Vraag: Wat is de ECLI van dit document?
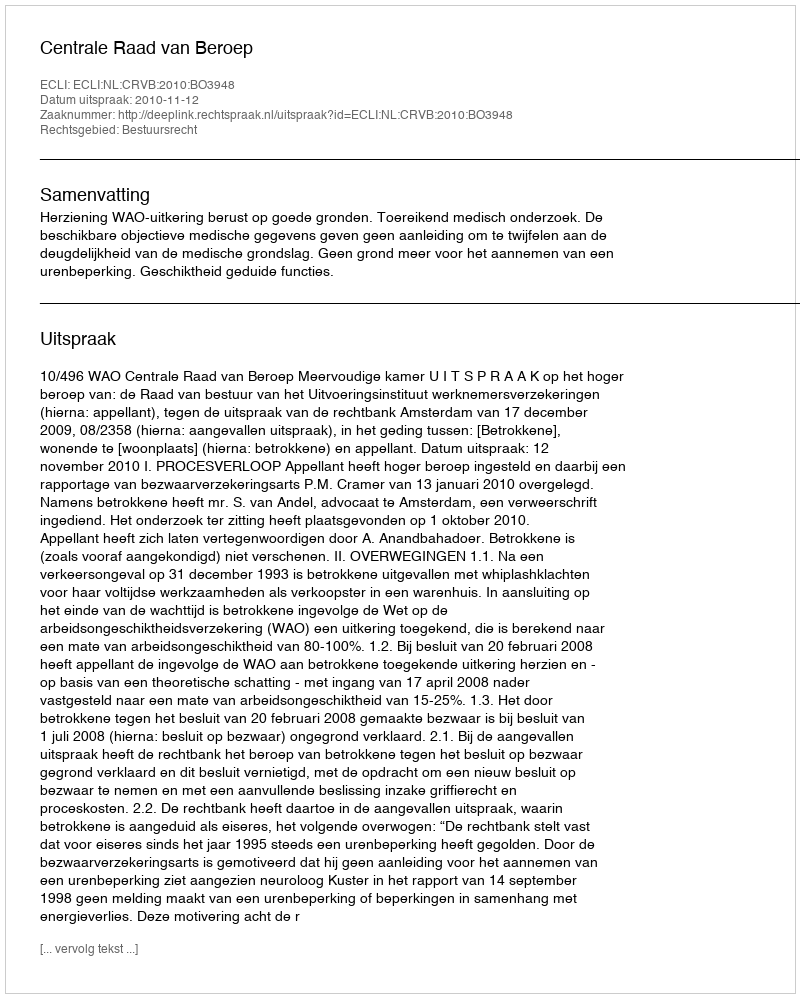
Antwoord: ECLI:NL:CRVB:2010:BO3948